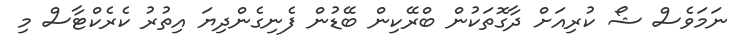
ނަމަވެސް ޝޯ ކުރިއަށް ދާގޮތަކުން ބްރޭކިން ބޭޑުން ފެނިގެންދިޔަ އިތުރު ކެރެކްޓާސް މި